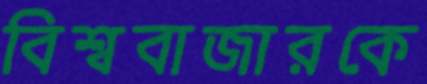
বিশ্ববাজারকে